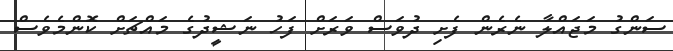
ސަންގު މަޖައްލާ ނެރެން ފެށި ދުވަސް ވަރަށް ފަހު ނަޝީދުގެ މައްޗަށް ކޮންމެވެސް